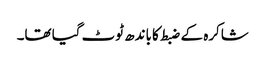
شاکرہ کے ضبط کا باندھ ٹوٹ گیا تھا۔